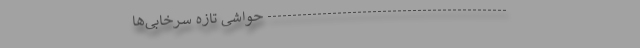
------------------------------------------------ حواشی تازه سرخابی‌ها